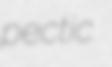
pectic